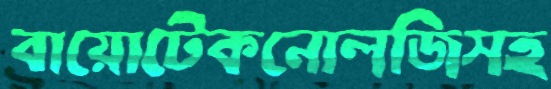
বায়োটেকনোলজিসহ